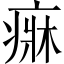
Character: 𤷲